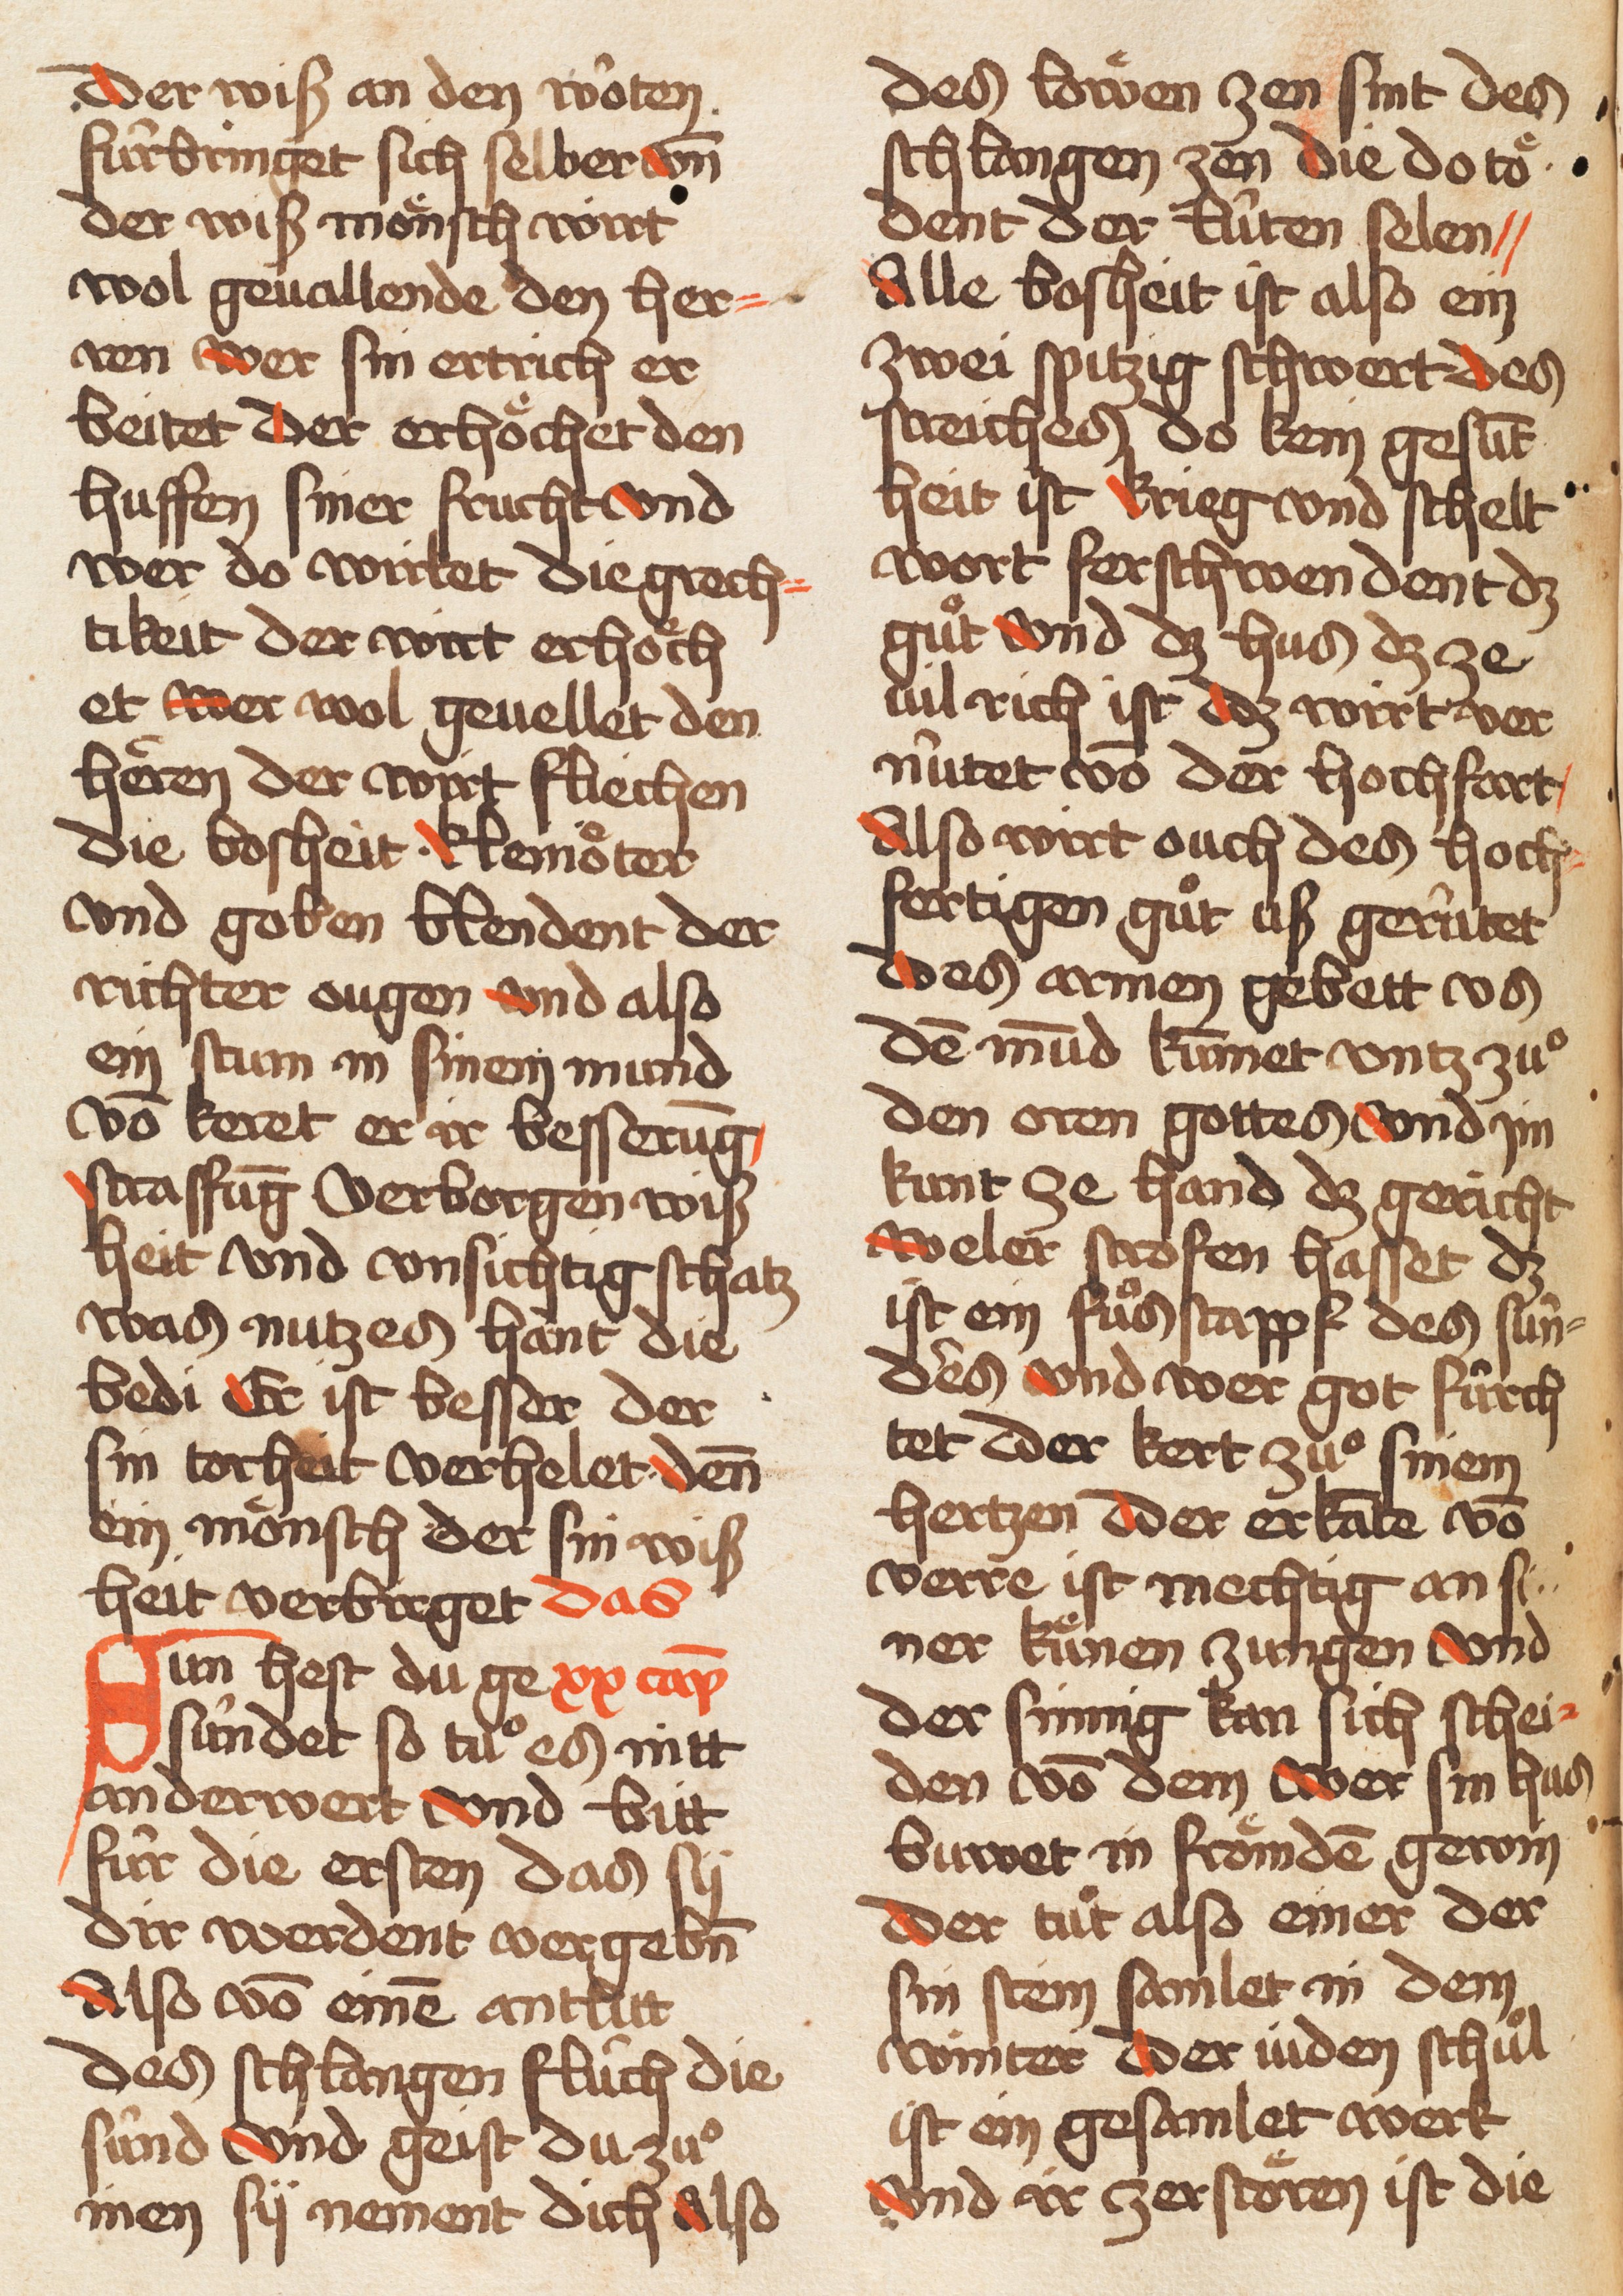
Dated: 1457–1457